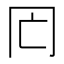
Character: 𠕃